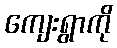
ကျေးရွာကို